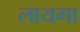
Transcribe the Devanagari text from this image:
लायगा